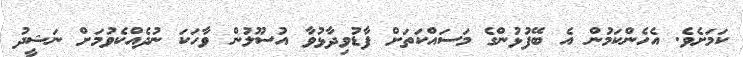
ކަމަށެވެ. އެހެންކަމުން އެ ބޭފުޅުންގެ މަސައްކަތަށް ފާޑުވިދާޅުވާ އުސޫލުން ވާހަކަ ނުދެއްކެވުމަށް ނަޝީދު